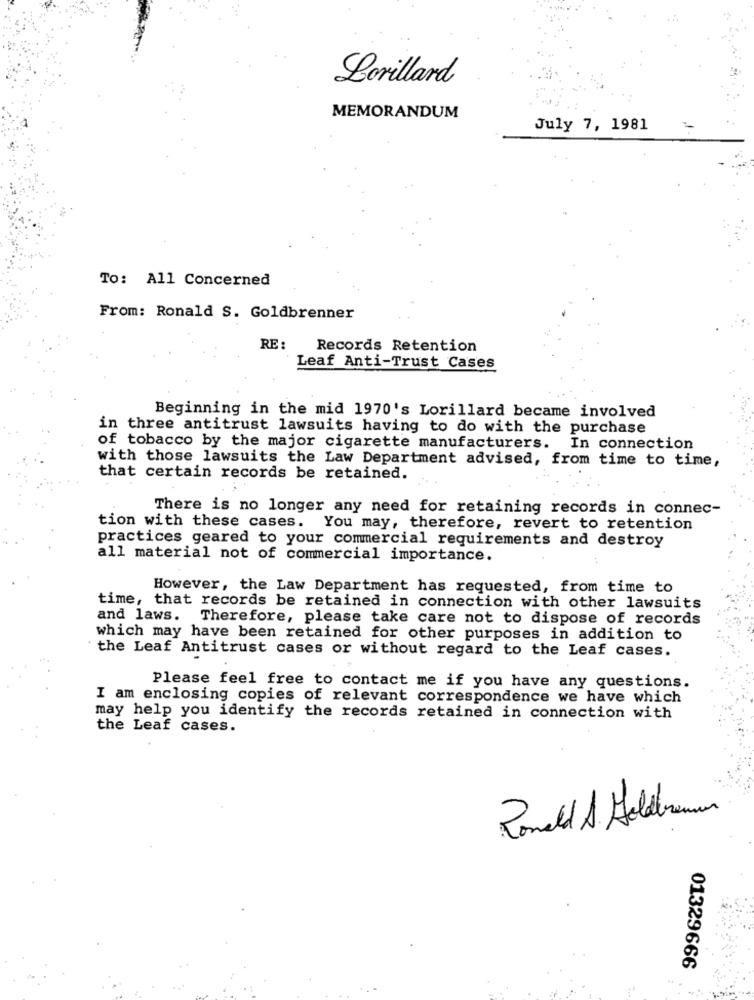
Lorillard
MEMORANDUM
July 7, 1981
To: All Concerned
From: Ronald S. Goldbrenner
RE :
Records Retention
Leaf Anti-Trust Cases
Beginning in the mid 1970's Lorillard became involved
in three antitrust lawsuits having to do with the purchase
of tobacco by the major cigarette manufacturers.
In connection
with those lawsuits the Law Department advised, from time to time,
that certain records be retained.
There is no longer any need for retaining records in connec-
tion with these cases.
You may, therefore, revert to retention
practices geared to your commercial requirements and destroy
all material not of commercial importance.
However, the Law Department has requested, from time to
time, that records be retained in connection with other lawsuits
and laws. Therefore, please take care not to dispose of records
which may have been retained for other purposes in addition to
the Leaf Antitrust cases or without regard to the Leaf cases.
Please feel free to contact me if you have any questions.
I am enclosing copies of relevant correspondence we have which
may help you identify the records retained in connection with
the Leaf cases.
Romaeld A Heldbereme
01329666